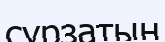
сұрзатын